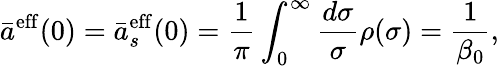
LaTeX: \bar{a}^{\mathrm{eff}}(0)=\bar{a}_{s}^{\mathrm{eff}}(0)=\frac{1}{\pi}\int_{0}^{\infty}\frac{d\sigma}{\sigma}\rho(\sigma)=\frac{1}{\beta_{0}},